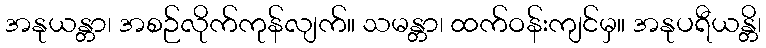
အနုယန္တာ၊ အစဉ်လိုက်ကုန်လျက်။ သမန္တာ၊ ထက်ဝန်းကျင်မှ။ အနုပရီယန္တိ၊